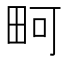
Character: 𪽎